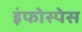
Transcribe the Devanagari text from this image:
इंफोस्पेस